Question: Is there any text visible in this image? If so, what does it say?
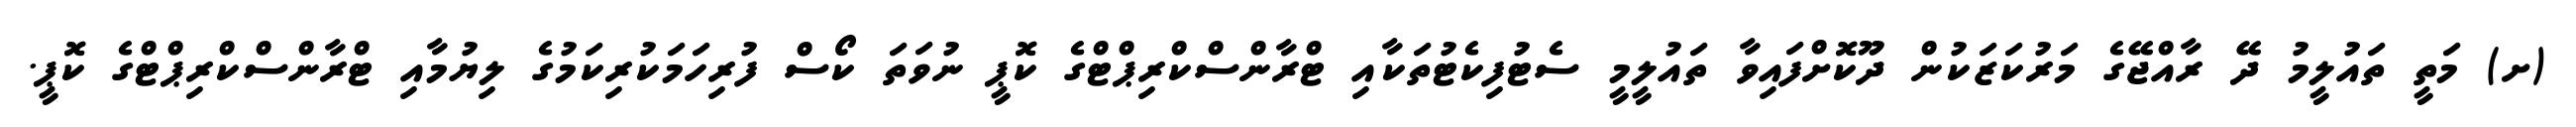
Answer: (ށ) މަތީ ތައުލީމު ދޭ ރާއްޖޭގެ މަރުކަޒަކުން ދޫކޮށްފައިވާ ތައުލީމީ ސެޓުފިކެޓުތަކާއި ޓްރާންސްކްރިޕްޓްގެ ކޮޕީ ނުވަތަ ކޯސް ފުރިހަމަކުރިކަމުގެ ލިޔުމާއި ޓްރާންސްކްރިޕްޓްގެ ކޮޕީ.